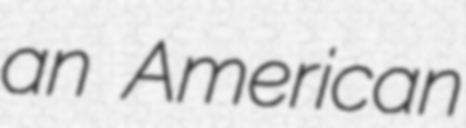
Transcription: an American